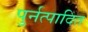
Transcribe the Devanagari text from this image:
पुर्नत्पादित